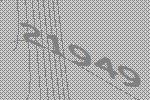
21949